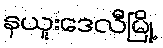
နယူးဒေလီမြို့